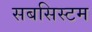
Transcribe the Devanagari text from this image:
सबसिस्टम